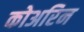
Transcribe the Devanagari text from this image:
कोअरिन